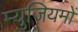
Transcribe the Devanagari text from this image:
म्युजियमों